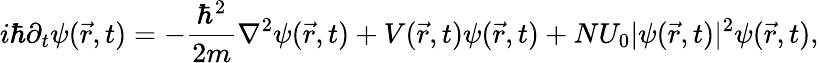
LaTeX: i\hbar\partial_{t}\psi(\vec{r},t)=-\frac{\hbar^{2}}{2m}\nabla^{2}\psi(\vec{r},t)+V(\vec{r},t)\psi(\vec{r},t)+NU_{0}|\psi(\vec{r},t)|^{2}\psi(\vec{r},t),